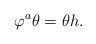
\begin{align*}\varphi^a \theta = \theta h.\end{align*}